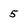
Character: 5